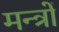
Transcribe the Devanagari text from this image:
मन्त्राें